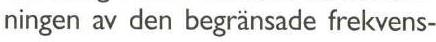
ningen av den begränsade frekvens-